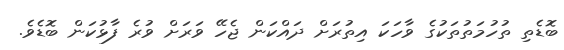
ބޮޑެތި ތުހުމަތުތަކުގެ ވާހަކަ އިތުރަށް ދައްކަން ޖެހޭ ވަރަށް ވުރެ ފާޅުކަން ބޮޑެވެ.